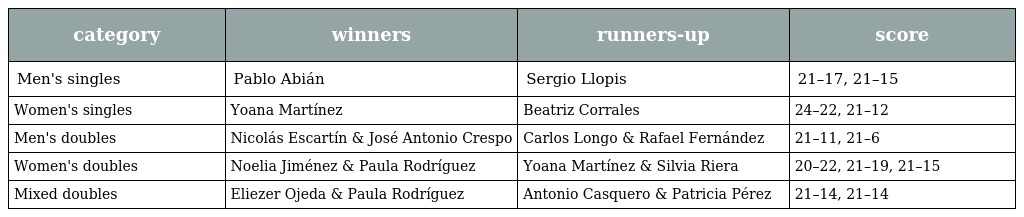
| category | winners | runners-up | score |
 | --- | --- | --- | --- |
 | Men's singles | Pablo Abián | Sergio Llopis | 21–17, 21–15 |
 | Women's singles | Yoana Martínez | Beatriz Corrales | 24–22, 21–12 |
 | Men's doubles | Nicolás Escartín & José Antonio Crespo | Carlos Longo & Rafael Fernández | 21–11, 21–6 |
 | Women's doubles | Noelia Jiménez & Paula Rodríguez | Yoana Martínez & Silvia Riera | 20–22, 21–19, 21–15 |
 | Mixed doubles | Eliezer Ojeda & Paula Rodríguez | Antonio Casquero & Patricia Pérez | 21–14, 21–14 |